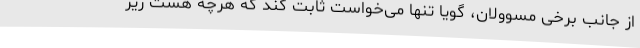
از جانب برخی مسوولان، گویا تنها می‌خواست ثابت کند که هرچه هست زیر